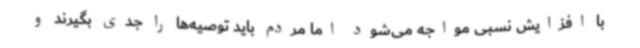
با افزایش نسبی مواجه می‌شود اما مردم باید توصیه‌ها را جدی بگیرند و